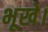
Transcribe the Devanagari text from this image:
भूखे।